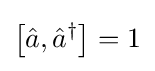
\left[{\hat {a}},{\hat {a}}^{\dagger }\right]=1